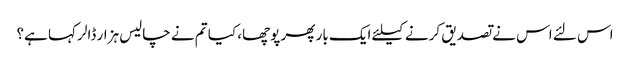
اس لئے اس نے تصدیق کرنے کیلئے ایک بار پھر پوچھا، کیا تم نے چالیس ہزار ڈالر کہا ہے؟